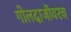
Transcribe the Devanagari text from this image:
गोलदाजीवरच